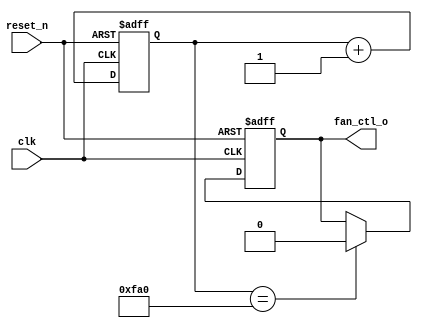
module fan_ctrl (
	input clk,
	input reset_n,
	output fan_ctl_o
	);

  parameter FAN_OFF = 4000;
  parameter FAN_TOTAL = 10000;
  
  reg [11:0] pwm_reg;
  reg fan_ctl_o;

  always @ (posedge clk or negedge reset_n)	begin
  	if (~reset_n) begin	
  		pwm_reg <= 12'd0;
  		fan_ctl_o <= 1'b1;
  	end
  	else begin
  	 pwm_reg <= pwm_reg + 1'b1;
   	 if (pwm_reg == FAN_TOTAL)	begin
        fan_ctl_o <= 1'b1;
        pwm_reg <= 12'd0;
      end
     else if (pwm_reg == FAN_OFF)
        fan_ctl_o <= 1'b0;
    end
  end
  
endmodule